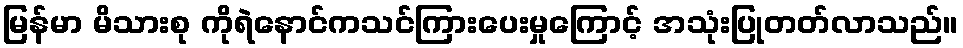
မြန်မာ မိသားစု ကိုရဲနောင်ကသင်ကြားပေးမှုကြောင့် အသုံးပြုတတ်လာသည်။